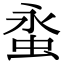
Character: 𧊯